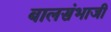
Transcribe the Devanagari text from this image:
बालसंभाजी